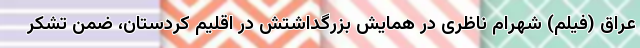
عراق (فیلم) شهرام ناظری در همایش بزرگداشتش در اقلیم کردستان، ضمن تشکر